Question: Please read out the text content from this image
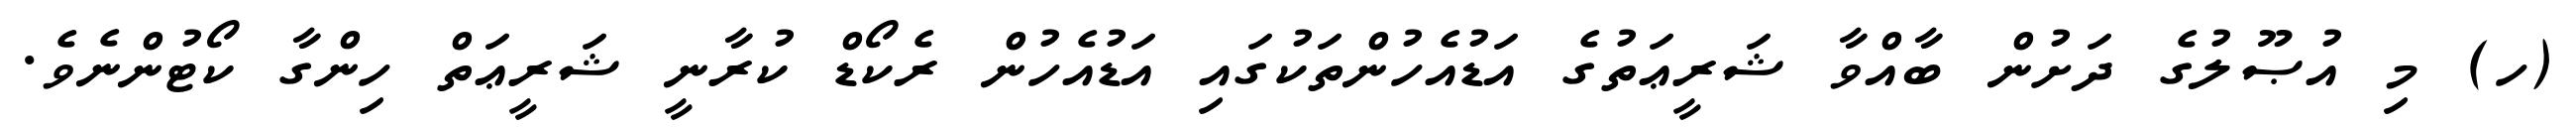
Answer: (ހ) މި އުޞޫލުގެ ދަށުން ބާއްވާ ޝަރީޢަތުގެ އަޑުއެހުންތަކުގައި އަޑުއެހުން ރެކޯޑް ކުރާނީ ޝަރީޢަތް ހިންގާ ކޯޓުންނެވެ.